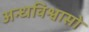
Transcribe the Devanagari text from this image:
अन्धविश्वासो